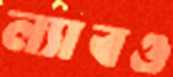
ল্যাবও